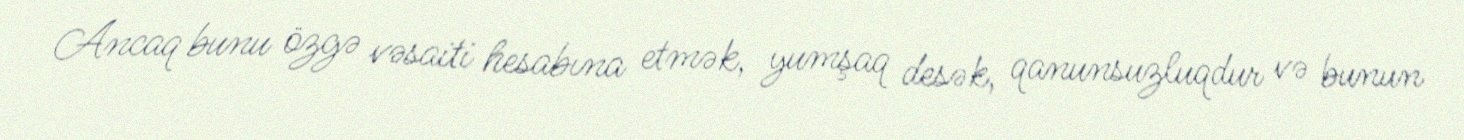
Ancaq bunu özgə vəsaiti hesabına etmək, yumşaq desək, qanunsuzluqdur və bunun